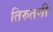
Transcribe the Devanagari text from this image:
तिरुतनी